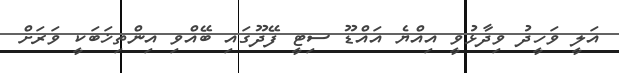
އަލީ ވަހީދު ވިދާޅުވީ އިއްޔެ އައްޑޫ ސިޓީ ފޭދޫގައި ބޭއްވި އިންތިޚަބަކީ ވަރަށް